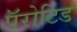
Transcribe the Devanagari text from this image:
पॅरोटिड